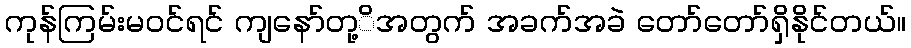
ကုန်ကြမ်းမဝင်ရင် ကျနော်တု့ိအတွက် အခက်အခဲ တော်တော်ရှိနိုင်တယ်။